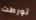
تورطت